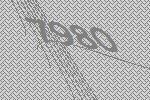
7980